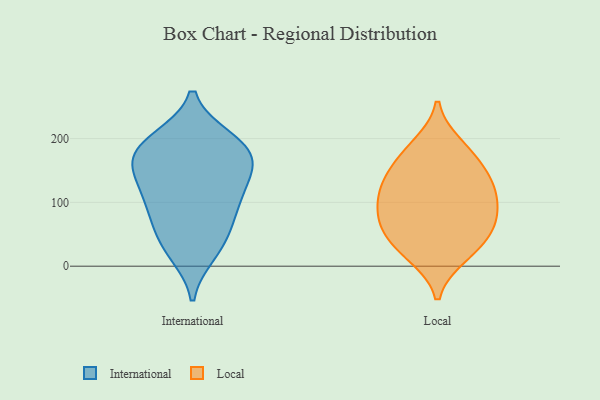
{"axis": {"x": "LTV (USD)", "y": "Value"}, "legend": ["International", "Local"], "data": [{"x": "", "y": 112, "type": "International"}, {"x": "", "y": 193, "type": "International"}, {"x": "", "y": 120, "type": "International"}, {"x": "", "y": 20, "type": "International"}, {"x": "", "y": 65, "type": "International"}, {"x": "", "y": 86, "type": "International"}, {"x": "", "y": 146, "type": "International"}, {"x": "", "y": 166, "type": "International"}, {"x": "", "y": 200, "type": "International"}, {"x": "", "y": 200, "type": "International"}, {"x": "", "y": 157, "type": "International"}, {"x": "", "y": 53, "type": "International"}, {"x": "", "y": 104, "type": "International"}, {"x": "", "y": 175, "type": "International"}, {"x": "", "y": 165, "type": "International"}, {"x": "", "y": 26, "type": "International"}, {"x": "", "y": 60, "type": "Local"}, {"x": "", "y": 142, "type": "Local"}, {"x": "", "y": 103, "type": "Local"}, {"x": "", "y": 112, "type": "Local"}, {"x": "", "y": 158, "type": "Local"}, {"x": "", "y": 133, "type": "Local"}, {"x": "", "y": 180, "type": "Local"}, {"x": "", "y": 83, "type": "Local"}, {"x": "", "y": 117, "type": "Local"}, {"x": "", "y": 62, "type": "Local"}, {"x": "", "y": 16, "type": "Local"}, {"x": "", "y": 20, "type": "Local"}, {"x": "", "y": 190, "type": "Local"}, {"x": "", "y": 41, "type": "Local"}, {"x": "", "y": 71, "type": "Local"}]}